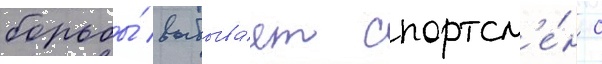
борьбы́ выбыва́ет спортсм'е́н с